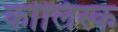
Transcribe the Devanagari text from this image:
कोलिस्क